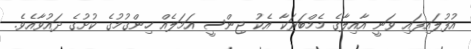
އުފުލައިފައި ވަނީ އާއިލާގެ މެމްބަރަކާ އެކު ޖިންސީ އަމަލެއް ހިންގުމުގެ ކުށުގެ ދައުވާއެވެ.